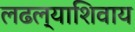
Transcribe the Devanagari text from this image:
लढल्याशिवाय